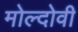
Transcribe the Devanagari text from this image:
मोल्दोवी